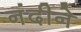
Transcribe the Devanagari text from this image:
नंदीने